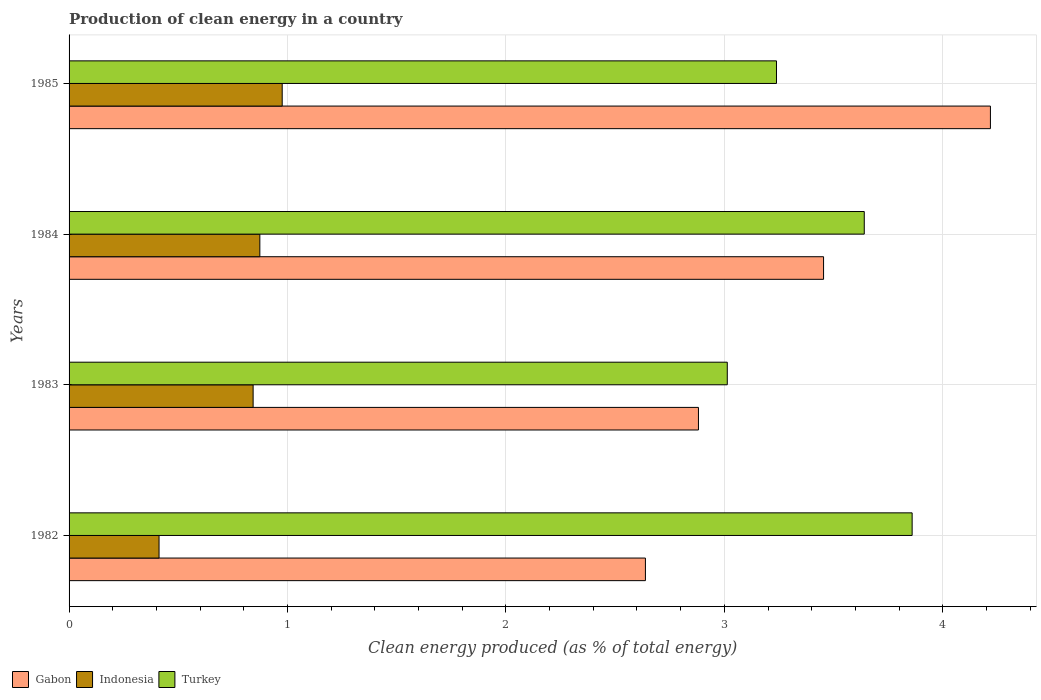
| Years | Gabon | Indonesia | Turkey |
 | --- | --- | --- | --- |
 | 1982 | 2.64 | 0.412 | 3.86 |
 | 1983 | 2.88 | 0.843 | 3.01 |
 | 1984 | 3.45 | 0.873 | 3.64 |
 | 1985 | 4.22 | 0.976 | 3.24 |